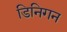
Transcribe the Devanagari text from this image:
डिनिगन